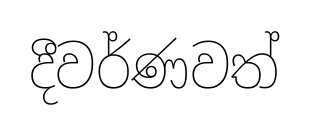
දීවර්ණවත්